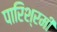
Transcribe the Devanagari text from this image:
पारिश्रमी